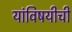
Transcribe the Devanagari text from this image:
यांविषयीची